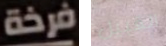
فرخة القبيل